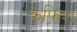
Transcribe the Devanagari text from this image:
क्रेफिश